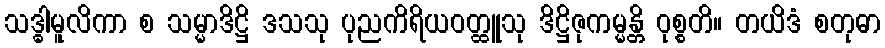
သဒ္ဓါမူလိကာ စ သမ္မာဒိဋ္ဌိ ဒသသု ပုညကိရိယဝတ္ထူသု ဒိဋ္ဌိဇုကမ္မန္တိ ဝုစ္စတိ။ တယိဒံ စတုဓာ